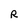
Character: R